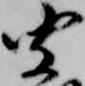
聞